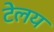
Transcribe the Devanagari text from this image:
टेलय